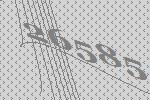
26585